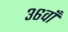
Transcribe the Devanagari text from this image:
३६वाँ